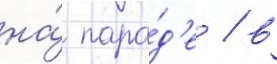
на́ пара́д'е / в